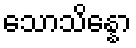
သောသိန္နော